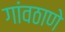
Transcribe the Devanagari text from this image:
गांवठाणे